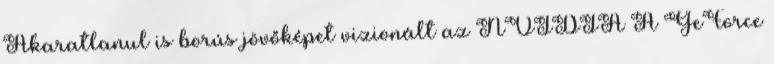
Akaratlanul is borús jövőképet vizionált az NVIDIA A GeForce